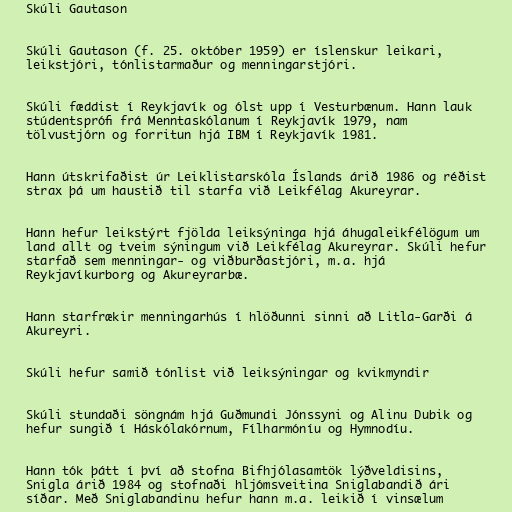
Skúli Gautason

Skúli Gautason (f. 25. október 1959) er íslenskur leikari,
leikstjóri, tónlistarmaður og menningarstjóri.

Skúli fæddist í Reykjavík og ólst upp í Vesturbænum. Hann lauk
stúdentsprófi frá Menntaskólanum í Reykjavík 1979, nam
tölvustjórn og forritun hjá IBM í Reykjavík 1981.

Hann útskrifaðist úr Leiklistarskóla Íslands árið 1986 og réðist
strax þá um haustið til starfa við Leikfélag Akureyrar.

Hann hefur leikstýrt fjölda leiksýninga hjá áhugaleikfélögum um
land allt og tveim sýningum við Leikfélag Akureyrar. Skúli hefur
starfað sem menningar- og viðburðastjóri, m.a. hjá
Reykjavíkurborg og Akureyrarbæ.

Hann starfrækir menningarhús í hlöðunni sinni að Litla-Garði á
Akureyri.

Skúli hefur samið tónlist við leiksýningar og kvikmyndir

Skúli stundaði söngnám hjá Guðmundi Jónssyni og Alinu Dubik og
hefur sungið í Háskólakórnum, Fílharmóníu og Hymnodíu.

Hann tók þátt í því að stofna Bifhjólasamtök lýðveldisins,
Snigla árið 1984 og stofnaði hljómsveitina Sniglabandið ári
síðar. Með Sniglabandinu hefur hann m.a. leikið í vinsælum